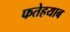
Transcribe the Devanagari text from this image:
फतेहयाब